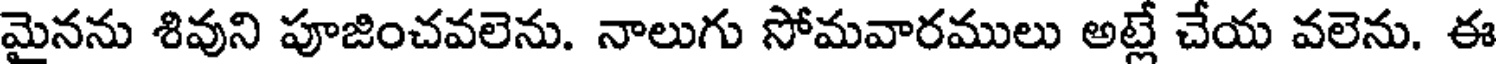
మైనను శివుని పూజించవలెను. నాలుగు సోమవారములు అట్లే చేయ వలెను. ఈ